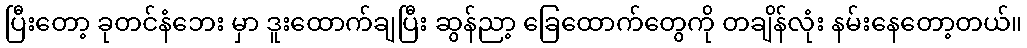
ပြီးတော့ ခုတင်နံဘေး မှာ ဒူးထောက်ချပြီး ဆွန်ညာ့ ခြေထောက်တွေကို တချိန်လုံး နမ်းနေတော့တယ်။